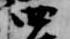
四